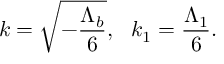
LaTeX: k = \sqrt { - \frac { \Lambda _ { b } } { 6 } } , \ \ k _ { 1 } = \frac { \Lambda _ { 1 } } { 6 } .